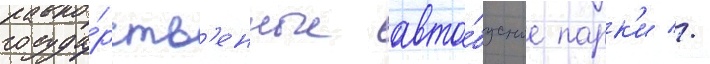
госуда́рств'енные авто́бусные парк'и //